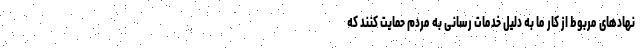
نهاد‌های مربوط از کار ما به دلیل خدمات رسانی به مردم حمایت کنند که